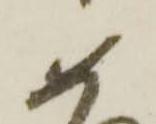
如